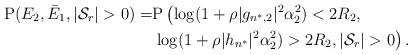
LaTeX: \begin{align*} \mathrm{P}( {E_2},\bar{E}_1,|\mathcal{S}_r|>0) =& \mathrm{P}\left(\log(1+\rho|g_{n^*,2}|^2\alpha_2^2)<2R_2, \right.\\ &\left. \log(1+\rho|h_{n^*}|^2\alpha_2^2)>2R_2,|\mathcal{S}_r|>0\right) .\end{align*}